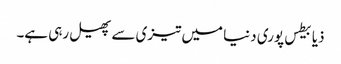
ذیابیطس پوری دنیا میں تیزی سے پھیل رہی ہے۔